Indian journal of veterinary science and animal husbandry - Volume 9,
Year: 1939
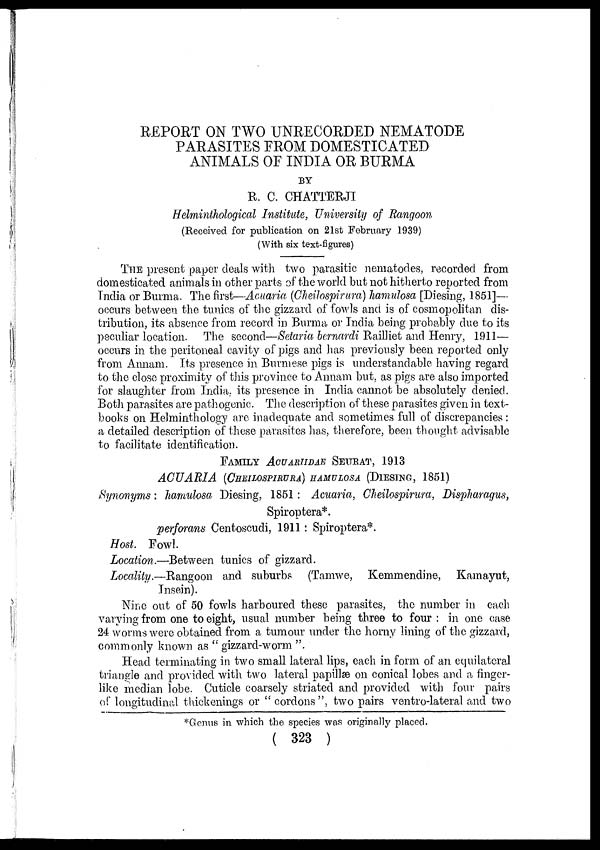
REPORT ON TWO UNRECORDED NEMATODE
PARASITES FROM DOMESTICATED
ANIMALS OF INDIA OR BURMA
BY
R. C. CHATTERJI
Helminthological Institute, University of .Rangoon
(Received for publication on 21st February 1939)
(With six text-figures)
THE present paper deals with two parasitic nematodes, recorded from
domesticated animals in other parts of the world but not hitherto reported from
India or Burma. The first—Acuaria (Cheilospirura) hamulosa [Diesing, 1851]—
occurs between the tunics of the gizzard of fowls and is of cosmopolitan dis-
tribution, its absence from record in Burma or India being probably due to its
peculiar location. The second—Setaria bernardi Railliet and Henry, 1911—
occurs in the peritoneal cavity of pigs and has previously been reported only
from Annam. Its presence in Burmese pigs is understandable having regard
to the close proximity of this province to Annam but, as pigs are also imported
for slaughter from India, its presence in India cannot be absolutely denied.
Both parasites are pathogenic. The description of these parasites given in text-
books on Helminthology are inadequate and sometimes full of discrepancies :
a detailed description of these parasites has, therefore, been thought advisable
to facilitate identification.
FAMILY ACUARIIDAE SEURAT,
1913
ACUARIA (CHEILOSPIRURA) HAMULOSA (DIESING, 1851)
Synonyms: hamulosa Diesing, 1851 : Acuaria, Cheilospirura, Dispharagus,
Spiroptera*.
perforans Centoscudi, 1911 : Spiroptera*.
Host. Fowl.
Location.—Between tunics of gizzard.
Locality.—Rangoon and suburbs (Tamwe, Kemmendine, Kamayut,
Insein).
Nine out of 50 fowls harboured these parasites, the number in each
varying from one to eight, usual number being three to four : in one case
24 worms were obtained from a tumour under the horny lining of the gizzard,
commonly known as " gizzard-worm ".
Head, terminating in two small lateral lips, each in form of an equilateral
triangle and provided with two lateral papillæ on conical lobes and a finger-
like median lobe. Cuticle coarsely striated and provided with four pairs
of longitudinal thickenings or " cordons", two pairs ventro-lateral and two
*Genus in which the species was originally placed.
( 323 )